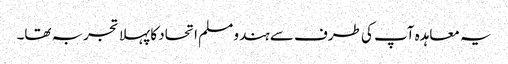
یہ معاہدہ آپ کی طرف سے ہندو مسلم اتحاد کا پہلا تجربہ تھا۔